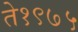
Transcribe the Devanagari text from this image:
ते१९७५